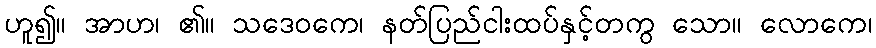
ဟူ၍။ အာဟ၊ ၏။ သဒေဝကေ၊ နတ်ပြည်ငါးထပ်နှင့်တကွ သော။ လောကေ၊